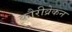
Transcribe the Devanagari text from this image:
कौरीव्रेकन